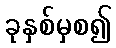
ခုနှစ်မှစ၍